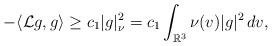
LaTeX: \begin{align*}-\langle\mathcal{L}g, g \rangle\geq c_1|g|^{2}_{\nu}=c_1\int_{\mathbb{R}^{3}}\nu(v)|g|^{2}\,dv,\end{align*}